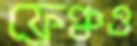
ফ্রেঞ্চও